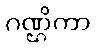
ဂဏ္ဌိကာ